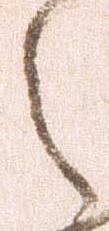
之